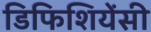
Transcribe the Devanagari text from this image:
डिफिशियेंसी